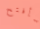
سأفتح